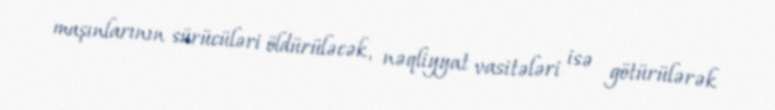
maşınlarının sürücüləri öldürüləcək, nəqliyyat vasitələri isə götürülərək